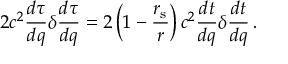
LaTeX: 2 c ^ { 2 } { \frac { d \tau } { d q } } \delta { \frac { d \tau } { d q } } = 2 \left( 1 - { \frac { r _ { \mathrm { { s } } } } { r } } \right) c ^ { 2 } { \frac { d t } { d q } } \delta { \frac { d t } { d q } } \, .